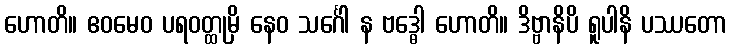
ဟောတိ။ ဧဝမေဝ ပရဝတ္ထုမှိ နေဝ သင်္ဂေါ န ဗဒ္ဓေါ ဟောတိ။ ဒိဗ္ဗာနိပိ ရူပါနိ ပဿတော